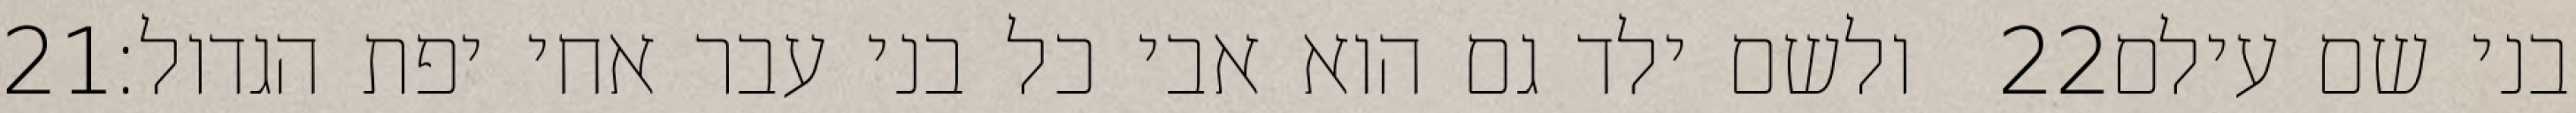
‎21‏ ולשם ילד גם הוא אבי כל בני עבר אחי יפת הגדול׃ ‎22‏ בני שם עילם